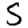
Digit: 5